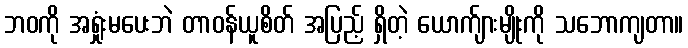
ဘဝကို အရှုံးမပေးဘဲ တာဝန်ယူစိတ် အပြည့် ရှိတဲ့ ယောက်ျားမျိုးကို သဘောကျတာ။